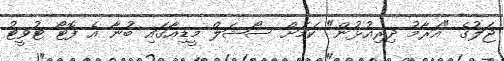
ޖަލުގެ "އަރާމު ދިރިއުޅުން" ކަމަށް ސޯޝަލް މީޑިއާގައި ބުނާ އެ ފޮޓޯ ޓުވީޓު